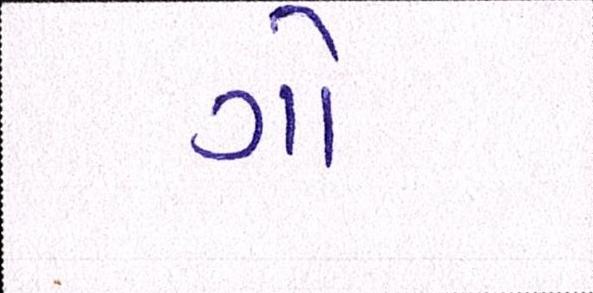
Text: ગો